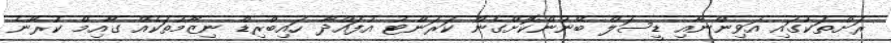
ރަށްތަކުގައި އަވިންނާއި ޑީސަލް ބޭނުންކޮށްގެން ކަރަންޓު އުފައްދާ ހައިބްރިޑް ނިޒާމުތަކެއް ގާއިމް ކުރާނެ